Report on the lunatic asylums under the Government of Bombay - 1904-1913
Year: 1904
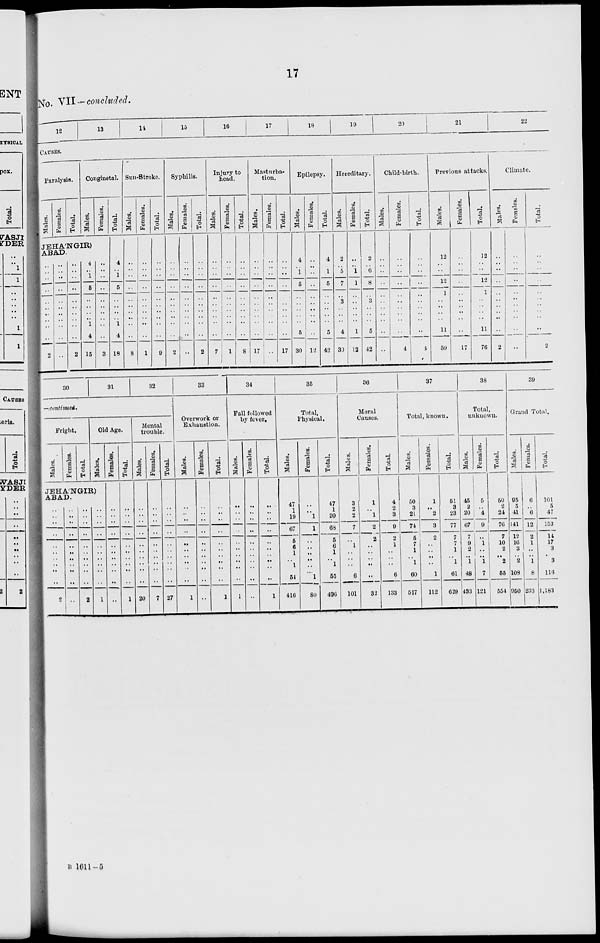
17
No. VII — concluded.
12
13
14
15
16
17
18
19
20
21
22
CAUSES.
Paralysis.
Males.
Females.
Total.
Conginetal.
Males.
Females.
JEHA'NGIR)
ABAD.
..
..
..
..
..
..
..
..
..
2
..
..
..
..
..
..
..
..
..
..
..
..
..
..
..
..
..
..
..
..
2
4
..
1
5
..
..
..
..
1
4
15
..
..
..
..
..
..
..
..
..
..
3
Total.
4
..
1
5
..
..
..
..
1
4
18
I
Sun-Stroke.
Males.
..
..
..
..
..
..
..
..
..
..
8
Females.
..
..
..
..
..
..
..
..
..
..
1
Total.
..
..
..
..
..
..
..
..
..
..
9
Syphilis.
Males.
..
..
..
..
..
..
..
..
..
..
2
Females.
..
..
..
..
..
..
..
..
..
..
..
Total.
..
..
..
..
..
..
..
..
..
..
2
Injury to
head.
Males.
..
..
..
..
..
..
..
..
..
..
7
Females.
..
..
..
..
..
..
..
..
..
..
1
Total.
..
..
..
..
..
..
..
..
..
..
8
Masturba-
tion.
Males.
..
..
..
..
..
..
..
..
..
..
17
Females.
..
..
..
..
..
..
..
..
..
..
..
Total.
..
..
..
..
..
..
..
..
..
..
17
Epilepsy.
Males.
4
..
1
5
..
..
..
..
..
5
30
Females.
..
..
..
..
..
..
..
..
..
..
12
Total.
4
..
1
5
..
..
..
..
..
5
42
Hereditary.
Males.
2
..
5
7
..
3
..
..
..
4
30
Females.
..
..
1
1
..
..
..
..
..
1
12
Total.
2
..
6
8
..
3
..
..
..
5
42
Child-birth.
Males.
..
..
..
..
..
..
..
..
..
..
..
Females.
..
..
..
..
..
..
..
..
..
..
4
Total.
..
..
..
..
..
..
..
..
..
..
4
Previous attacks.
Males.
12
..
..
12
1
..
..
..
..
11
59
Females.
..
..
..
..
..
..
..
..
..
..
17
Total.
12
..
..
12
1
..
..
..
..
11
76
Climate.
Males.
..
..
..
..
..
..
..
..
. .
..
2
Females.
..
..
..
..
..
..
..
..
..
..
..
Total.
..
..
..
..
..
..
..
..
..
..
2
30
31
32
—continued.
Fright.
Males.
Females.
Total.
Old Age.
Males.
JEHA'NGIR)
ABAD.
..
..
..
..
..
..
..
..
..
..
2
..
..
..
..
..
..
..
..
..
..
..
..
..
..
..
..
..
..
..
..
..
2
..
..
..
..
..
..
..
..
..
..
1
Females.
..
..
..
..
..
..
..
..
..
..
..
Total.
..
..
..
..
..
..
..
..
..
..
1
Mental
trouble.
Males.
..
..
..
..
..
..
..
..
..
..
20
Females.
..
..
..
..
..
..
..
..
..
..
7
Total.
..
..
..
..
..
..
..
..
..
..
27
33
Overwork or
Exhaustion.
Males.
..
..
..
..
..
..
..
..
..
..
1
Females.
..
..
..
..
..
..
..
..
..
..
..
Total.
..
..
..
. .
..
..
..
..
..
..
1
34
Fall followed
by fever.
Males.
..
..
..
..
..
..
..
..
..
..
1
Females.
..
..
..
. .
..
..
..
..
..
..
..
Total.
..
..
..
. .
..
..
..
..
..
..
1
35
Total,
Physical.
Males.
47
1
19
67
5
6
1
.. 1
54
416
Females.
..
..
1
1
..
..
..
..
..
1
So
Total.
47
1
20
68
5
6
1
.. 1
55
490
36
Moral
Causes.
Males.
3
2
2
7
. .
1
..
.. . .
6
101
Females.
1
..
1
2
2
..
..
.. ..
..
32
Total.
4
2
3
9
2
1
. .
.. . .
6
133
37
Total, known.
Males.
50
3
21
71
5
7
1
.. 1
60
517
Females.
1
. .
2
3
2
..
. .
..
. .
1
112
Total.
51
3
23
77
7
7
1
1
61
629
38
Total,
unknown.
Males.
45
2
20
67
7
9
2
..
1
48
433
Females.
5
..
4
9
..
1
..
..
1
7
121
Total.
50
2
24
76
7
10
2
. .
2
65
551
39
Grand Total.
Males.
95
5
41
141
12
16
3
.. 2
108
950
Females.
6
..
6
12
2
1
..
..
1
8
233
Total.
101
5
47
153
14
17
3
.. 3
116
1,183